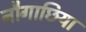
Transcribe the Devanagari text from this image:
नौगाछिया